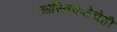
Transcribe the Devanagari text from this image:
आस्तिकतेचेही